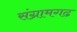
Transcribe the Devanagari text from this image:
संग्रामगढ